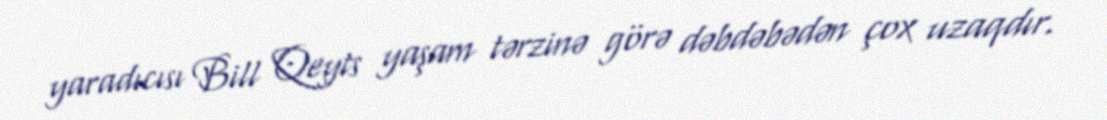
yaradıcısı Bill Qeyts yaşam tərzinə görə dəbdəbədən çox uzaqdır.